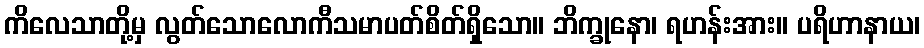
ကိလေသာတို့မှ လွတ်သောလောကီသမာပတ်စိတ်ရှိသော။ ဘိက္ခုနော၊ ရဟန်းအား။ ပရိဟာနာယ၊